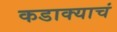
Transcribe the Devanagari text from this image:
कडाक्याचं